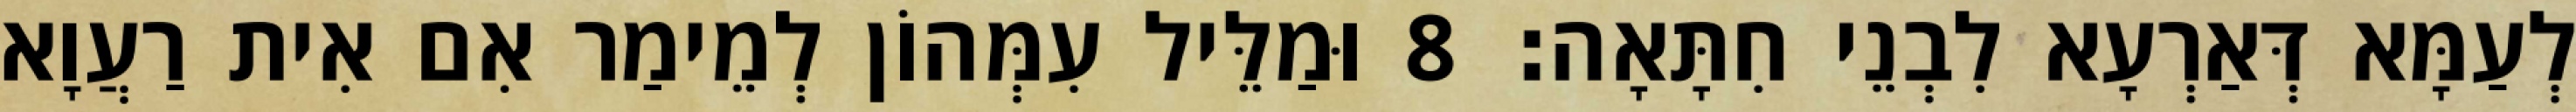
לְעַמָּא דְּאַרְעָא לִבְנֵי חִתָּאָה׃ 8 וּמַלֵּיל עִמְּהוֹן לְמֵימַר אִם אִית רַעֲוָא